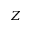
Z